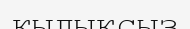
қылықсыз